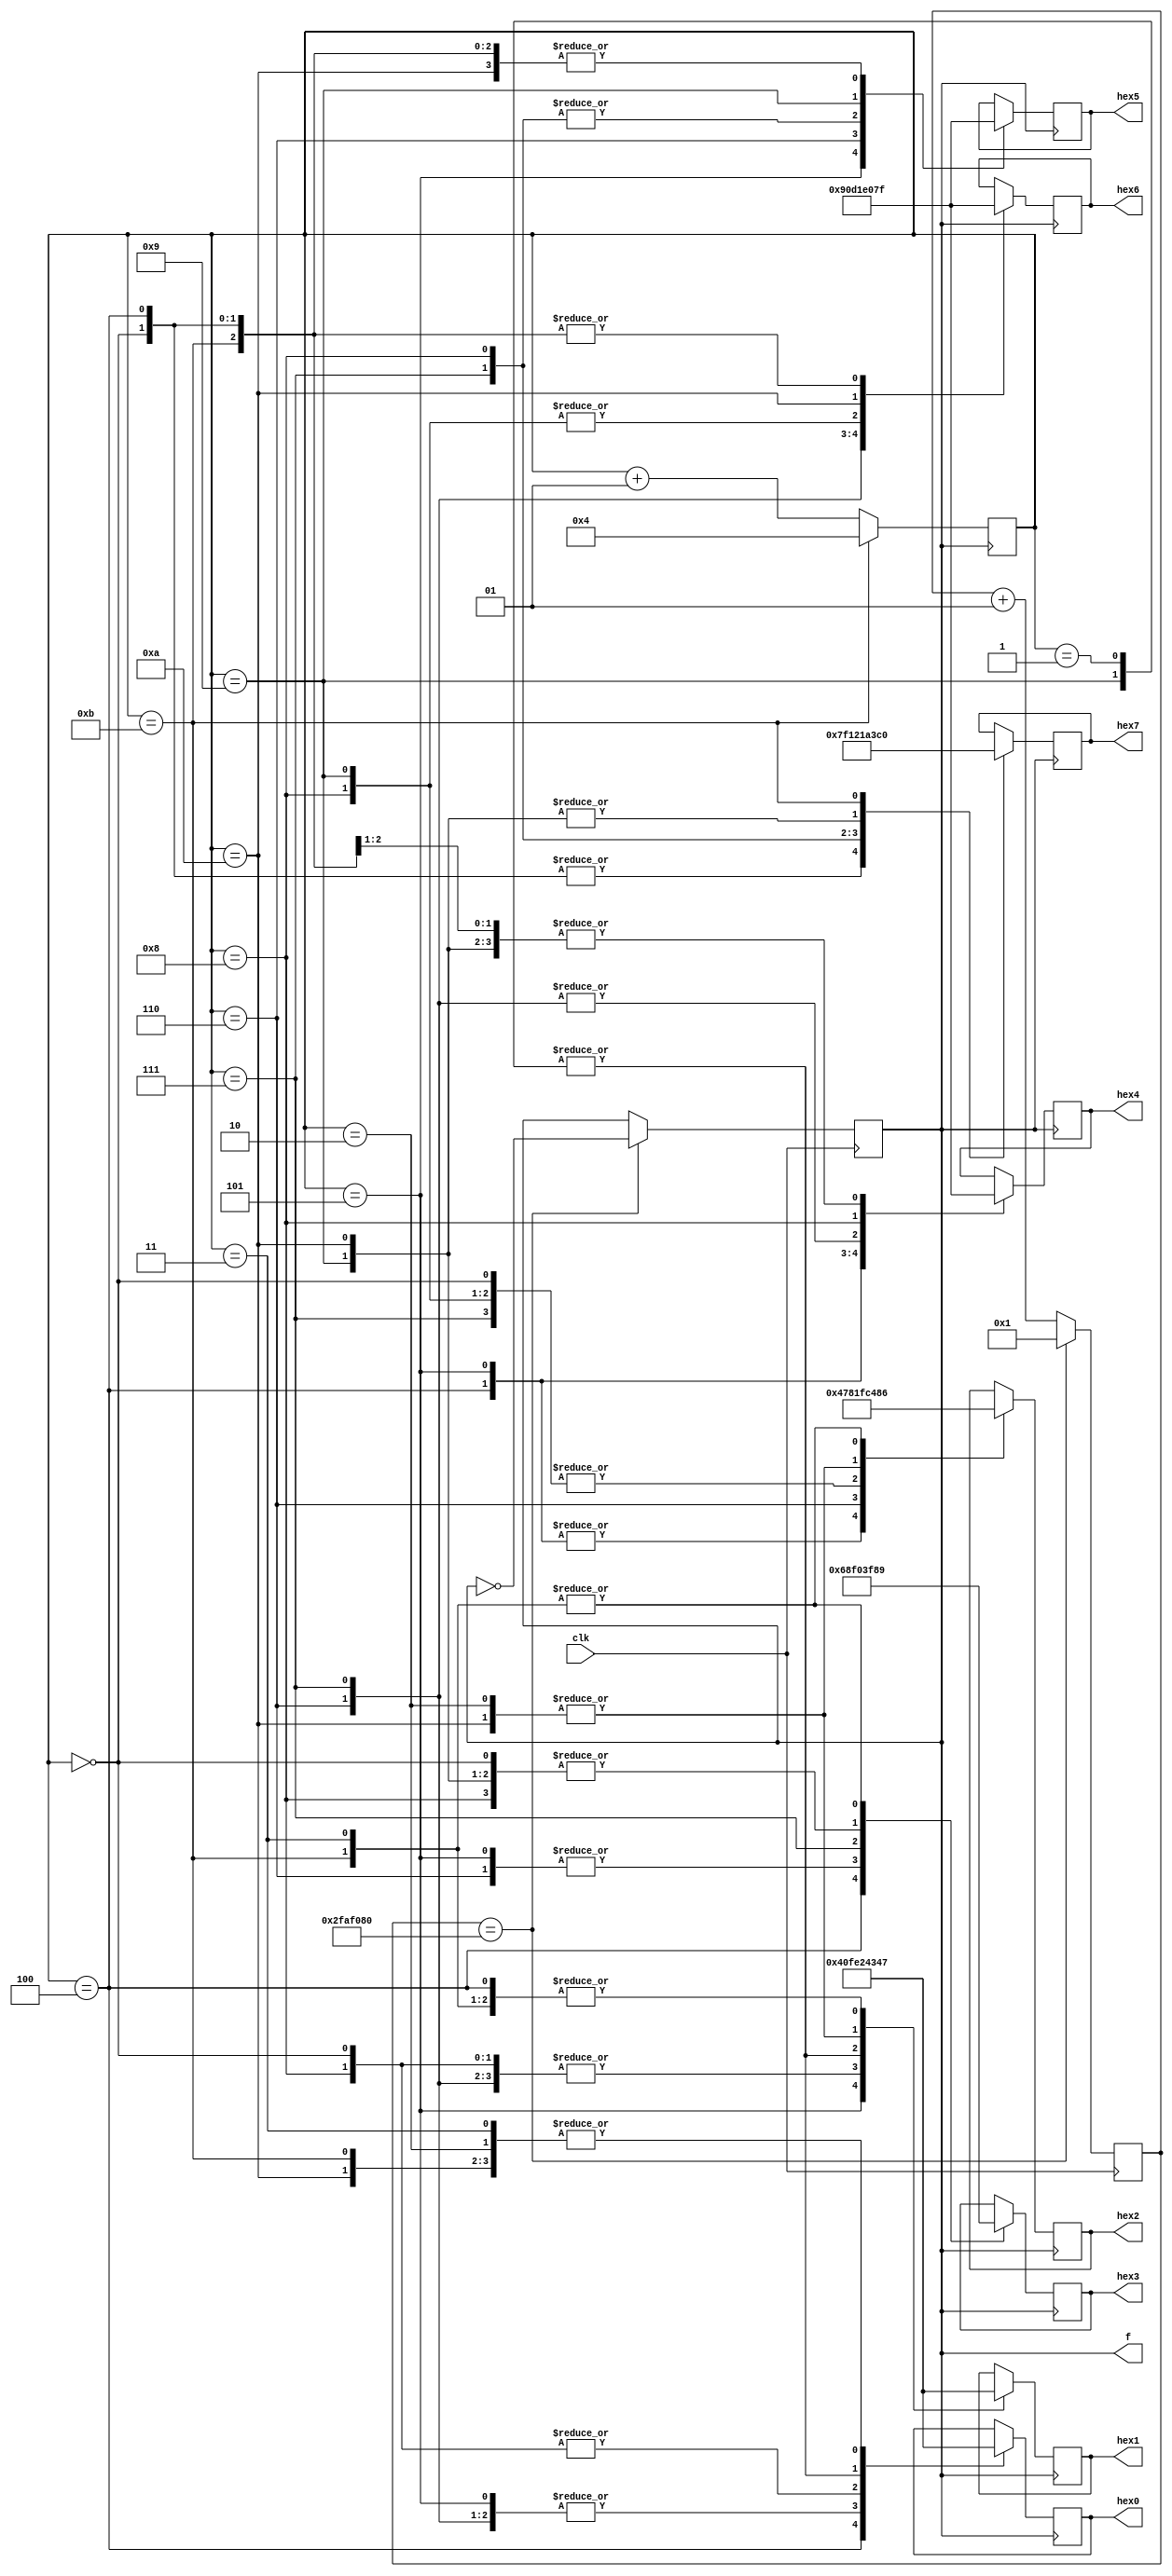
module str(f,clk,hex0,hex1,hex2,hex3,hex4,hex5,hex6,hex7);//
output [6:0] hex0;
output [6:0] hex1;
output [6:0] hex2;
output [6:0] hex3;
output [6:0] hex4;
output [6:0] hex5;
output [6:0] hex6;
output [6:0] hex7;

output f;
reg f;

input clk;

reg [6:0] hex0;
reg [6:0] hex1;
reg [6:0] hex2;
reg [6:0] hex3;
reg [6:0] hex4;
reg [6:0] hex5;
reg [6:0] hex6;
reg [6:0] hex7;

integer k = 1;
integer h = 0;

always @ (posedge clk)
begin
if (k == 50000000)
begin
f<=~f;
k<=1;
end
else
begin
k<=k+1;
end
end

always @ (posedge f)
begin
h<=h+1;
case(h)
0:
begin
hex0<=7'b00001001;
hex1<=7'b01111111;
hex2<=7'b01111111;
hex3<=7'b01111111;
hex4<=7'b01111111;
hex5<=7'b01111111;
hex6<=7'b01111111;
hex7<=7'b01111111;
h<=h+1;
end
1:
begin
hex0<=7'b00000110;//E
hex1<=7'b00001001;//H
h<=h+1;
end
2:
begin
hex0<=7'b01000111;
hex1<=7'b00000110;
hex2<=7'b00001001;
h<=h+1;
end
3:
begin
hex0<=7'b01000111;
hex1<=7'b01000111;
hex2<=7'b00000110;
hex3<=7'b00001001;
h<=h+1;
end
4:
begin
hex0<=7'b01000000;
hex1<=7'b01000111;
hex2<=7'b01000111;
hex3<=7'b00000110;
hex4<=7'b00001001;
hex5<=7'b01111111;
hex6<=7'b01111111;
hex7<=7'b01111111;
h<=h+1;
end
5:
begin
hex0<=7'b01111111;
hex1<=7'b01000000;
hex2<=7'b01000111;
hex3<=7'b01000111;
hex4<=7'b00000110;
hex5<=7'b00001001;
h<=h+1;
end
6:
begin
hex0<=7'b01111111;
hex1<=7'b01111111;
hex2<=7'b01000000;
hex3<=7'b01000111;
hex4<=7'b01000111;
hex5<=7'b00000110;
hex6<=7'b00001001;
h<=h+1;
end
7:
begin
hex0<=7'b01111111;
hex1<=7'b01111111;
hex2<=7'b01111111;
hex3<=7'b01000000;
hex4<=7'b01000111;
hex5<=7'b01000111;
hex6<=7'b00000110;
hex7<=7'b00001001;
h<=h+1;
end
8:
begin
hex0<=7'b00001001;
hex1<=7'b01111111;
hex2<=7'b01111111;
hex3<=7'b01111111;
hex4<=7'b01000000;
hex5<=7'b01000111;
hex6<=7'b01000111;
hex7<=7'b00000110;
h<=h+1;
end
9:
begin
hex0<=7'b00000110;
hex1<=7'b00001001;
hex2<=7'b01111111;
hex3<=7'b01111111;
hex4<=7'b01111111;
hex5<=7'b01000000;
hex6<=7'b01000111;
hex7<=7'b01000111;
h<=h+1;
end
10:
begin
hex0<=7'b01000111;
hex1<=7'b00000110;
hex2<=7'b00001001;
hex3<=7'b01111111;
hex4<=7'b01111111;
hex5<=7'b01111111;
hex6<=7'b01000000;
hex7<=7'b01000111;
h<=h+1;
end
11:
begin
hex0<=7'b01000111;
hex1<=7'b01000111;
hex2<=7'b00000110;
hex3<=7'b00001001;
hex4<=7'b01111111;
hex5<=7'b01111111;
hex6<=7'b01111111;
hex7<=7'b01000000;
h<=4;
end

endcase
end
endmodule